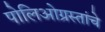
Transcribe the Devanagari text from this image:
पोलिओग्रस्तांचे